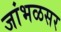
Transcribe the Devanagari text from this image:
जांभळसर